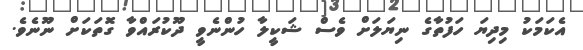
އެކަމަކު މިދިޔަ ހަފުތާގެ ނިޔަލަށް ވެސް ޝަކީލާ ހުންނެވީ ދޫކުރައްވާ ގޮތަކަށް ނޫނެވެ.